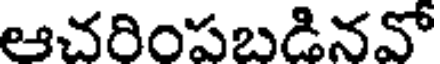
ఆచరింపబడినవో